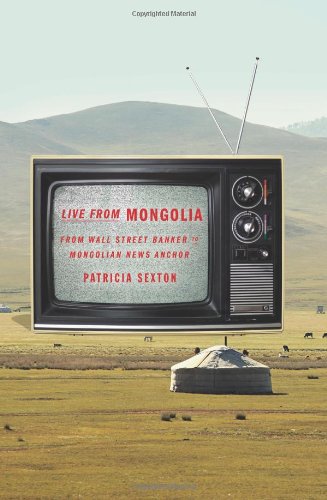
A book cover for Live From Mongolia: From Wall Street Banker to Mongolian News Anchor; Patricia Sexton; Travel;